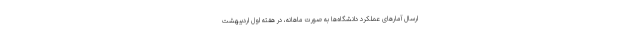
ارسال آمارهای عملکرد دانشگاه‌ها به صورت ماهانه، در هفته اول اردیبهشت